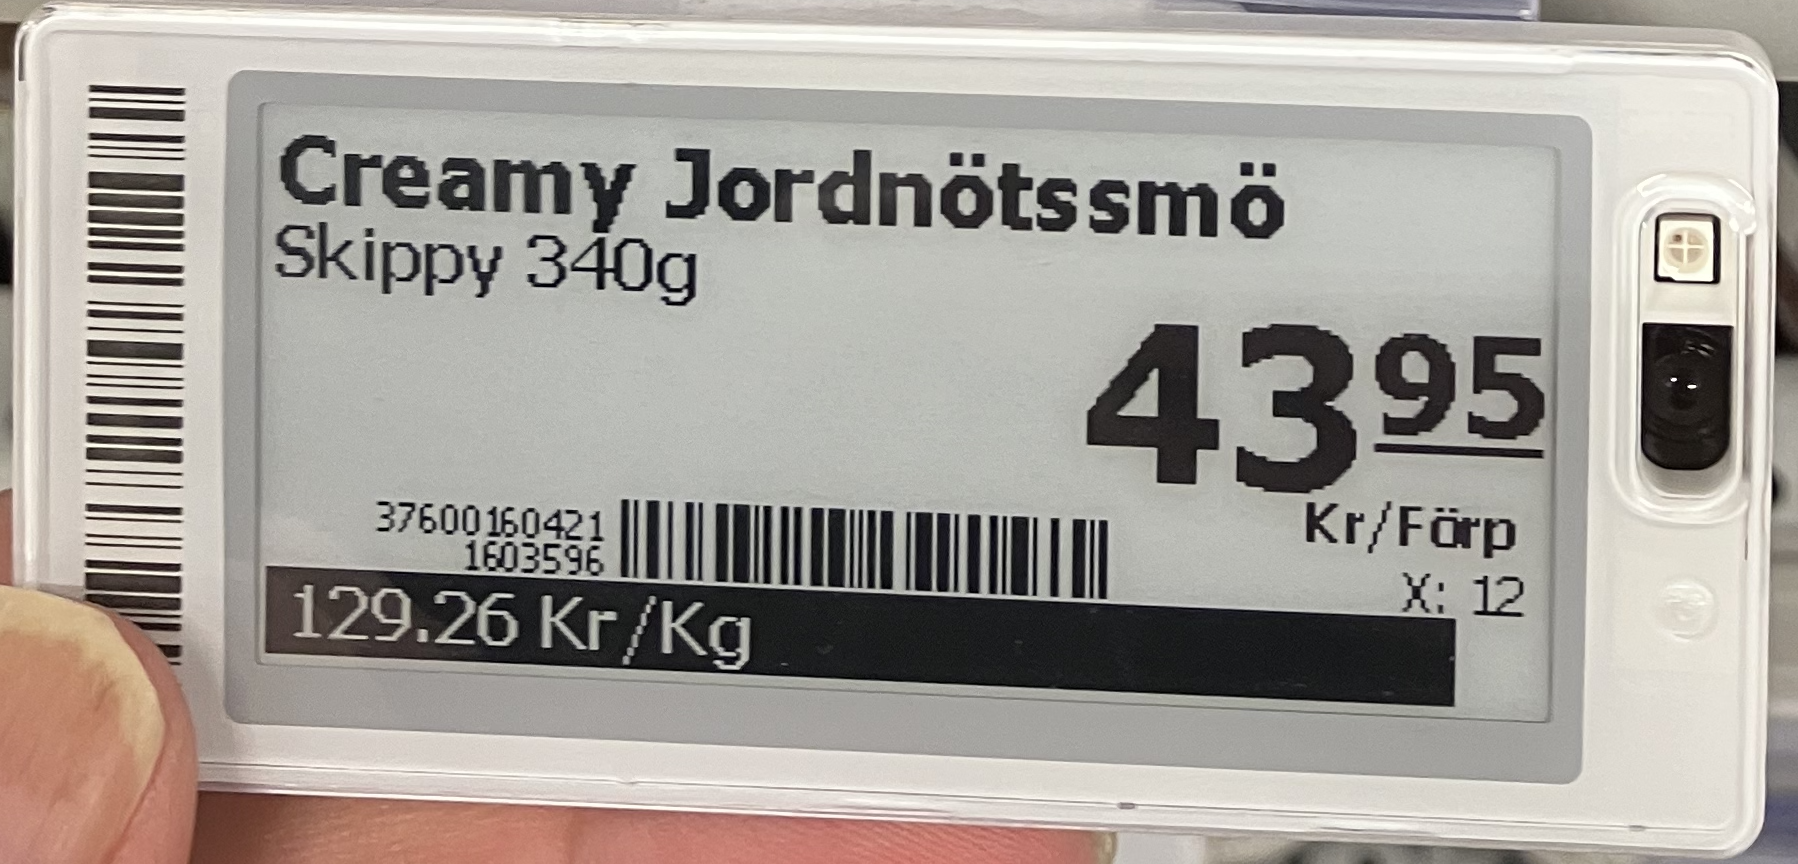
Vara: Creamy Jordnötssmö
Genomsnittspris: 129.26 per kg